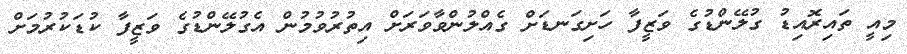
މިއީ ތައިރޮއިޑު ގުލޭންޑުގެ ވަޒީފާ ހަށިގަނޑަށް ގެއްލުންވާވަރަށް އިތުރުވުމުން އެގުލޭންޑުގެ ވަޒީފާ ކުޑަކުރުމަށް